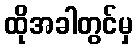
ထိုအခါတွင်မှ